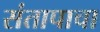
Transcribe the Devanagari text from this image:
संतापाचा